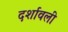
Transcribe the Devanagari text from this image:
दर्शावली